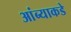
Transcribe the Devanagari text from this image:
आंब्याकडे